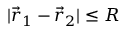
| \vec { r } _ { 1 } - \vec { r } _ { 2 } | \le R